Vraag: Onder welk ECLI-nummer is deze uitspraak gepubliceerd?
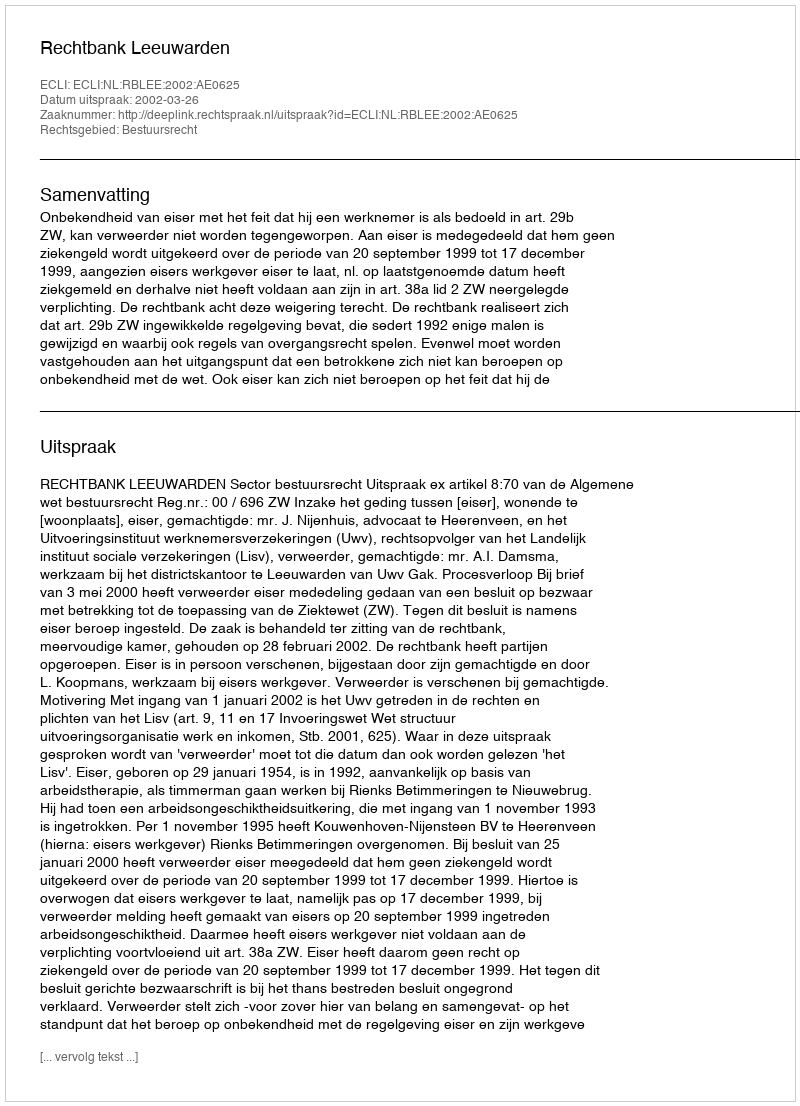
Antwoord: ECLI:NL:RBLEE:2002:AE0625